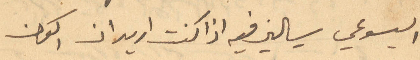
اليسوعي يسالني فيه اذا كنت اريد ان اكون